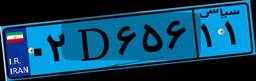
۰۲D۶۵۶۱۱